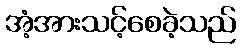
အံ့အားသင့်စေခဲ့သည်